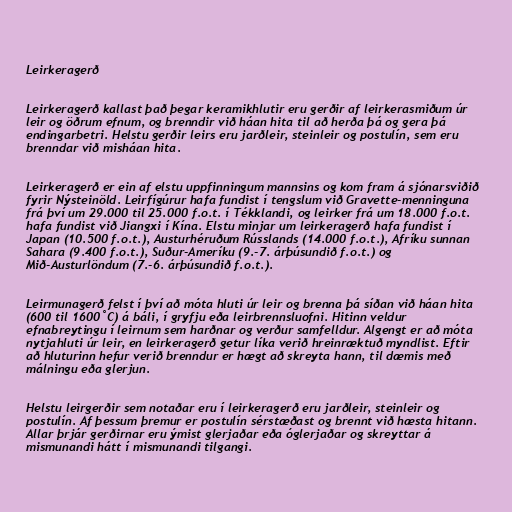
Leirkeragerð

Leirkeragerð kallast það þegar keramikhlutir eru gerðir af leirkerasmiðum úr
leir og öðrum efnum, og brenndir við háan hita til að herða þá og gera þá
endingarbetri. Helstu gerðir leirs eru jarðleir, steinleir og postulín, sem eru
brenndar við misháan hita.

Leirkeragerð er ein af elstu uppfinningum mannsins og kom fram á sjónarsviðið
fyrir Nýsteinöld. Leirfígúrur hafa fundist í tengslum við Gravette-menninguna
frá því um 29.000 til 25.000 f.o.t. í Tékklandi, og leirker frá um 18.000 f.o.t.
hafa fundist við Jiangxi í Kína. Elstu minjar um leirkeragerð hafa fundist í
Japan (10.500 f.o.t.), Austurhéruðum Rússlands (14.000 f.o.t.), Afríku sunnan
Sahara (9.400 f.o.t.), Suður-Ameríku (9.-7. árþúsundið f.o.t.) og
Mið-Austurlöndum (7.-6. árþúsundið f.o.t.).

Leirmunagerð felst í því að móta hluti úr leir og brenna þá síðan við háan hita
(600 til 1600˚C) á báli, í gryfju eða leirbrennsluofni. Hitinn veldur
efnabreytingu í leirnum sem harðnar og verður samfelldur. Algengt er að móta
nytjahluti úr leir, en leirkeragerð getur líka verið hreinræktuð myndlist. Eftir
að hluturinn hefur verið brenndur er hægt að skreyta hann, til dæmis með
málningu eða glerjun.

Helstu leirgerðir sem notaðar eru í leirkeragerð eru jarðleir, steinleir og
postulín. Af þessum þremur er postulín sérstæðast og brennt við hæsta hitann.
Allar þrjár gerðirnar eru ýmist glerjaðar eða óglerjaðar og skreyttar á
mismunandi hátt í mismunandi tilgangi.